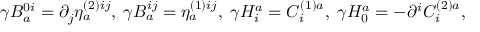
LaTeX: \gamma B _ { a } ^ { 0 i } = \partial _ { j } \eta _ { a } ^ { ( 2 ) i j } , \; \gamma B _ { a } ^ { i j } = \eta _ { a } ^ { ( 1 ) i j } , \; \gamma H _ { i } ^ { a } = C _ { i } ^ { ( 1 ) a } , \; \gamma H _ { 0 } ^ { a } = - \partial ^ { i } C _ { i } ^ { ( 2 ) a } ,